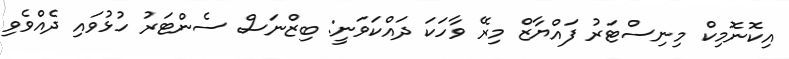
އިކޮނޮމިކް މިނިސްޓަރު ފައްޔާޒް މިރޭ ވާހަކަ ދައްކަވަނީ: ބިޒްނަސް ސެންޓަރު ހުޅުވައި ދެއްވެވި